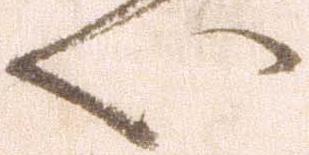
い